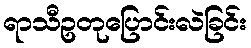
ရာသီဥတုပြောင်းလဲခြင်း